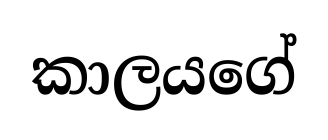
කාලයගේ